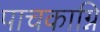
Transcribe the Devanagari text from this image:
पाचकाग्नि